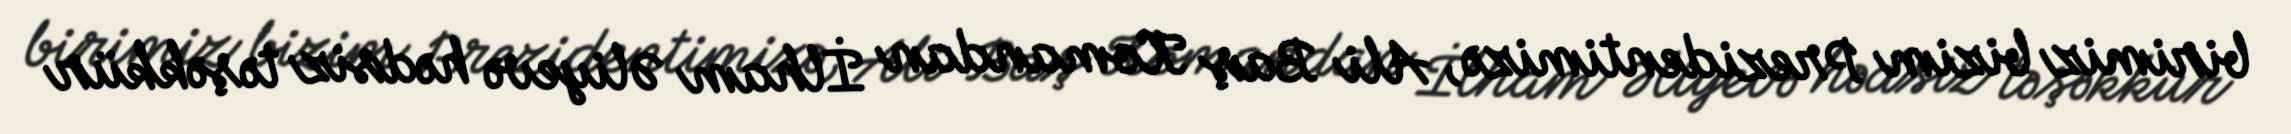
birimiz bizim Prezidentimizə, Ali Baş Komandan İlham Əliyevə hədsiz təşəkkür